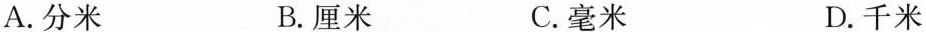
A.分米 B.厘米 C.毫米 D.千米